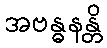
အဗန္ဓနန္တိ